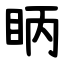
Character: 眪